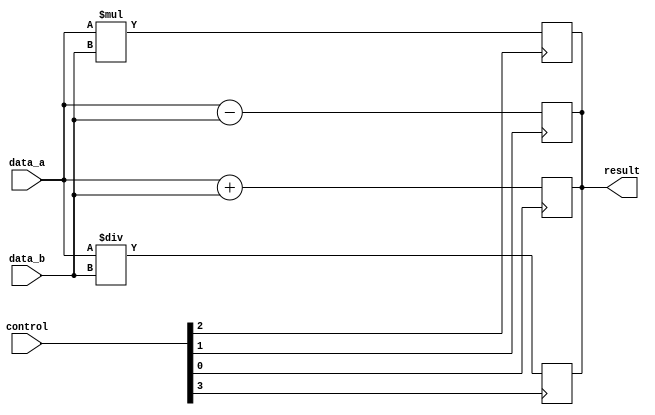
module ALU_64bit (
    input [63:0] data_a,
    input [63:0] data_b,
    input [3:0] control,
    output reg [63:0] result
);

// Adder unit
always @ (posedge control[0])
begin
    if (control[0])
        result <= data_a + data_b;
end

// Subtractor unit
always @ (posedge control[1])
begin
    if (control[1])
        result <= data_a - data_b;
end

// Multiplier unit
always @ (posedge control[2])
begin
    if (control[2])
        result <= data_a * data_b;
end

// Divider unit
always @ (posedge control[3])
begin
    if (control[3])
        result <= data_a / data_b;
end

// Logic circuits for shift, rotate, and logical operations
// Implement logic circuits here

endmodule